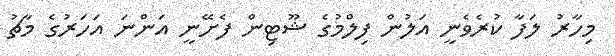
މިހާރު ލަފާ ކުރެވެނީ އަލުން ފިލްމުގެ ޝޫޓިން ފެށޭނީ އަންނަ އަހަރުގެ މާޗު